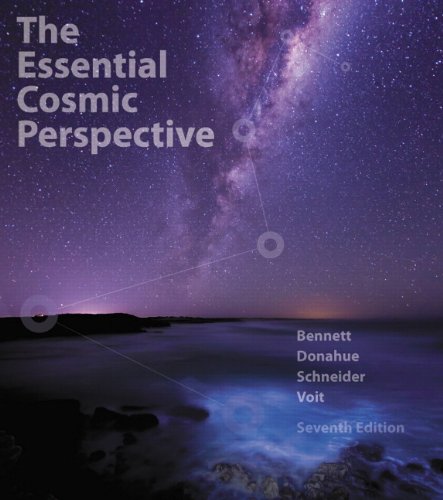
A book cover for The Essential Cosmic Perspective (7th Edition); Jeffrey O. Bennett; Science & Math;